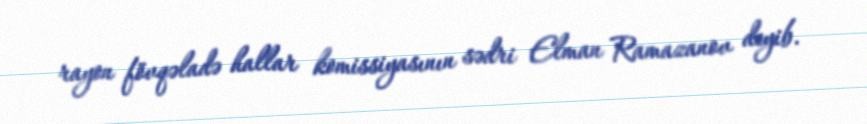
rayon fövqəladə hallar komissiyasının sədri Elman Ramazanov deyib.